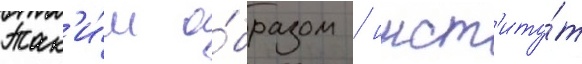
Так'и́м о́бразом / инст'иту́т